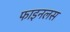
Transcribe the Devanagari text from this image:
फाइनलस